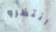
انتظرو